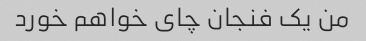
من یک فنجان چای خواهم خورد